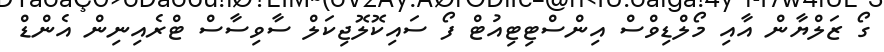
ގޯ ޒަލްޔާން އާއި މޯލްޑިވްސް އިންސްޓިޓިއުޓް ފޯ ސައިކޮލޮޖިކަލް ސާވިސާސް ޓްރެއިނިން އެންޑް